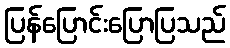
ပြန်ပြောင်းပြောပြသည်